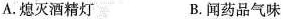
A.熄灭酒精灯 B.闻药品气味